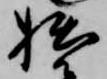
拙